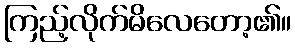
ကြည့်လိုက်မိလေတော့၏။